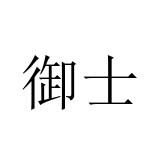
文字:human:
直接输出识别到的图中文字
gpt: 御士